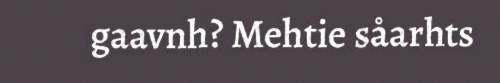
gaavnh? Mehtie såarhts